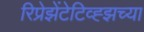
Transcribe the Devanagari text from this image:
रिप्रेझेंटेटिव्ह्झच्या